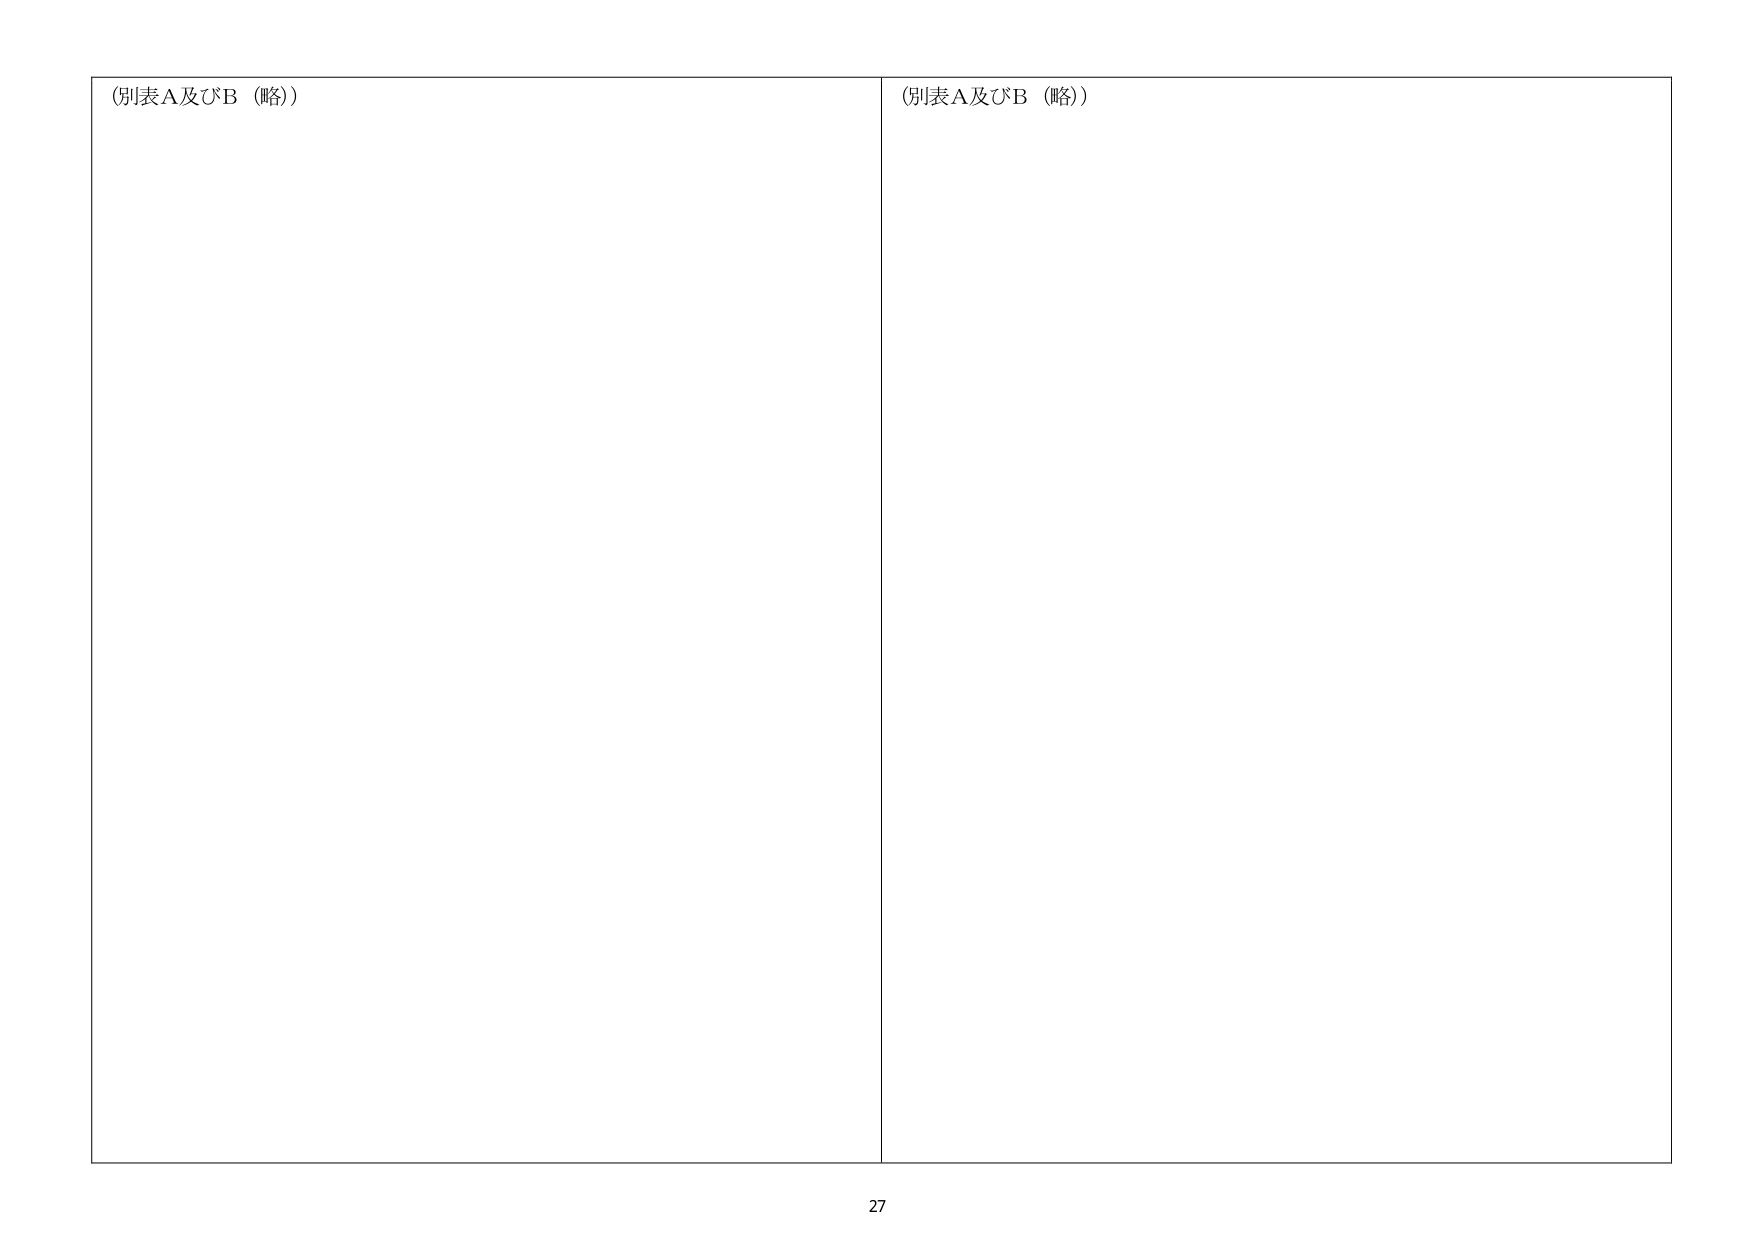
(別表A及びB（略）)
(別表A及びB（略）)
27